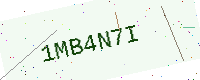
Text: 1MB4N7I